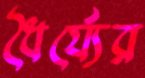
ধৈর্য্যের